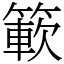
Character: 簐